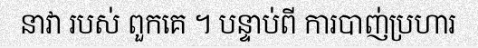
នាវា របស់ ពួកគេ ។ បន្ទាប់ពី ការបាញ់ប្រហារ